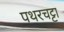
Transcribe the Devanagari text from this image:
पथरचट्टा